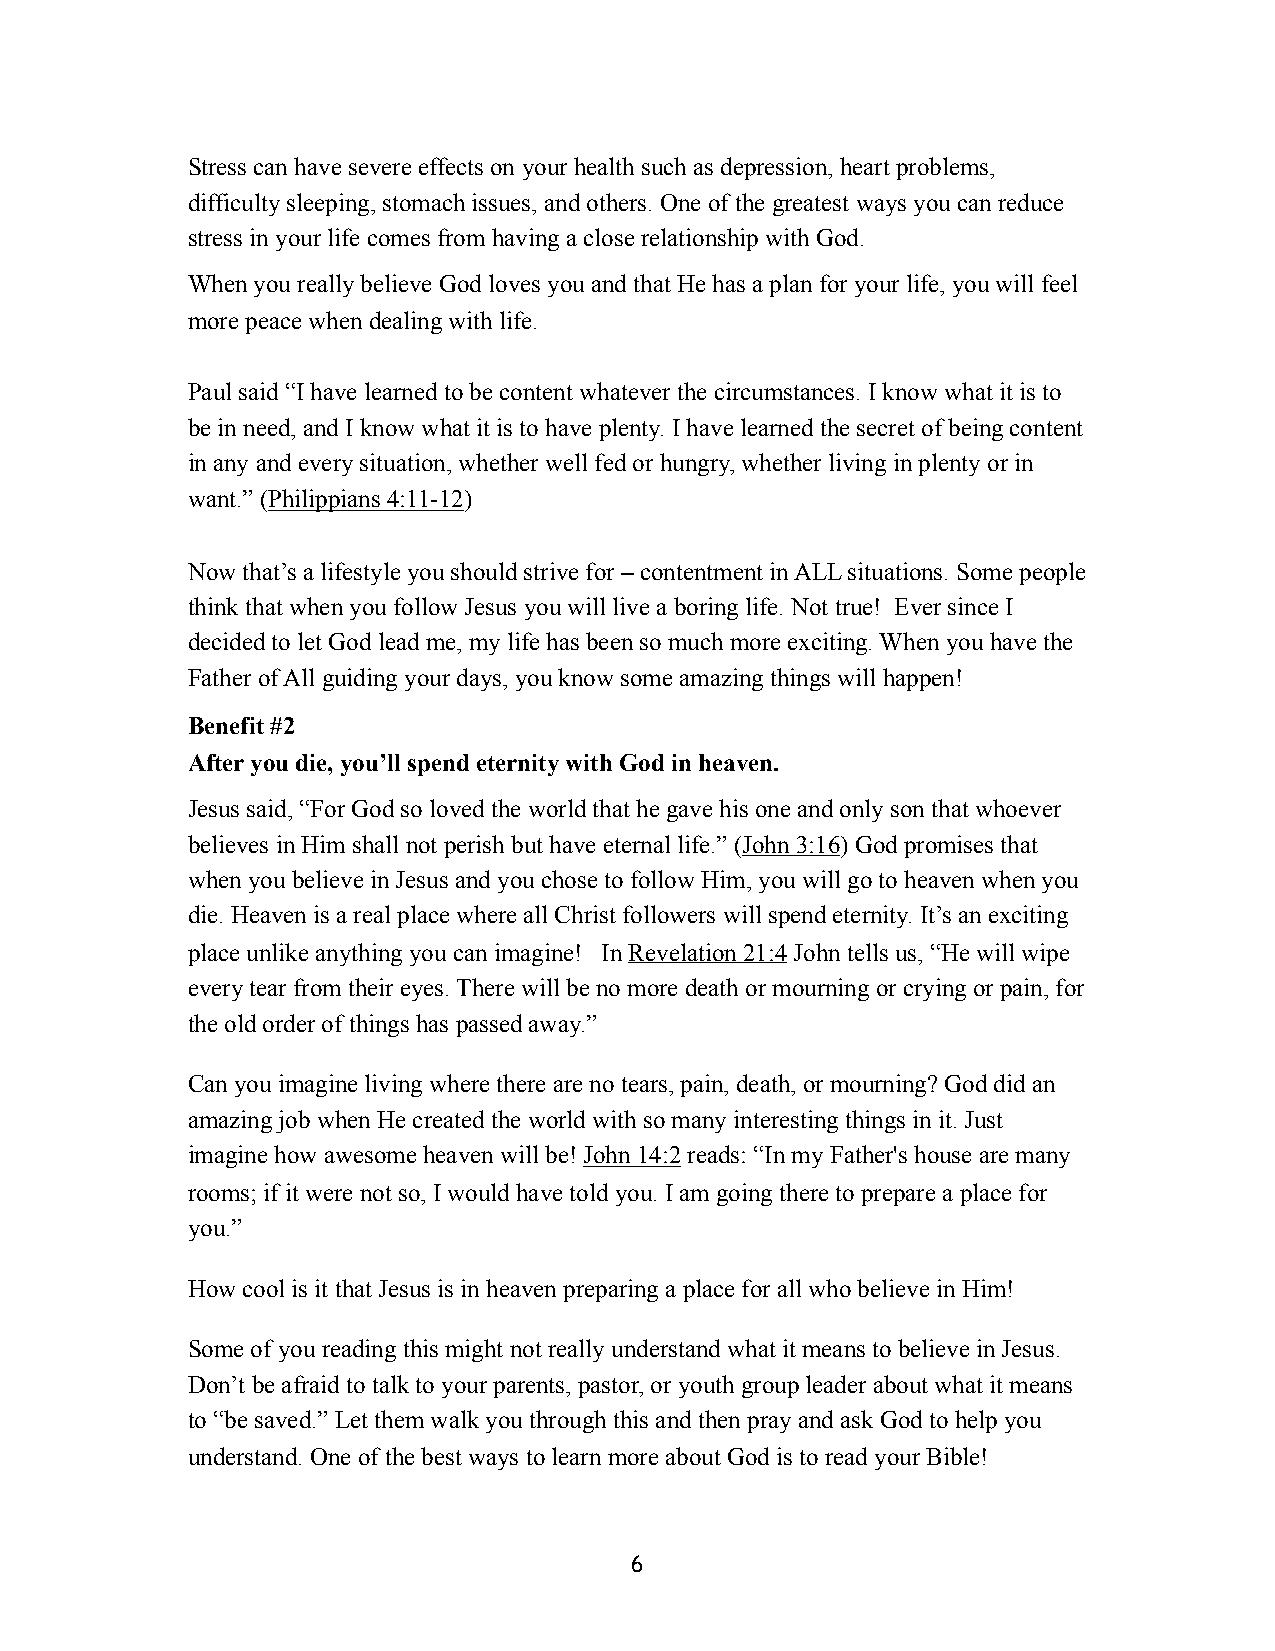
Stress can have severe effects on your health such as depression, heart problems,
 difficulty sleeping, stomach issues, and others. One of the greatest ways you can reduce
 stress in your life comes from having a close relationship with God.
 When you really believe God loves you and that He has a plan for your life, you will feel
 more peace when dealing with life.
 Paul said “I have learned to be content whatever the circumstances. I know what it is to
 be in need, and I know what it is to have plenty. I have learned the secret of being content
 in any and every situation, whether well fed or hungry, whether living in plenty or in
 want.” (Philippians 4:11-12)
 Now that’s a lifestyle you should strive for – contentment in ALL situations. Some people
 think that when you follow Jesus you will live a boring life. Not true! Ever since I
 decided to let God lead me, my life has been so much more exciting. When you have the
 Father of All guiding your days, you know some amazing things will happen!
 Benefit #2
 After you die, you’ll spend eternity with God in heaven.
 Jesus said, “For God so loved the world that he gave his one and only son that whoever
 believes in Him shall not perish but have eternal life.” (John 3:16) God promises that
 when you believe in Jesus and you chose to follow Him, you will go to heaven when you
 die. Heaven is a real place where all Christ followers will spend eternity. It’s an exciting
 place unlike anything you can imagine! In Revelation 21:4 John tells us, “He will wipe
 every tear from their eyes. There will be no more death or mourning or crying or pain, for
 the old order of things has passed away.”
 Can you imagine living where there are no tears, pain, death, or mourning? God did an
 amazing job when He created the world with so many interesting things in it. Just
 imagine how awesome heaven will be! John 14:2 reads: “In my Father's house are many
 rooms; if it were not so, I would have told you. I am going there to prepare a place for
 you.”
 How cool is it that Jesus is in heaven preparing a place for all who believe in Him!
 Some of you reading this might not really understand what it means to believe in Jesus.
 Don’t be afraid to talk to your parents, pastor, or youth group leader about what it means
 to “be saved.” Let them walk you through this and then pray and ask God to help you
 understand. One of the best ways to learn more about God is to read your Bible!
 6